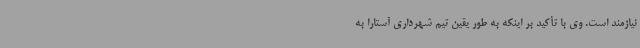
نیازمند است. وی با تأکید بر اینکه به طور یقین تیم شهرداری آستارا به